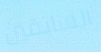
السابقين